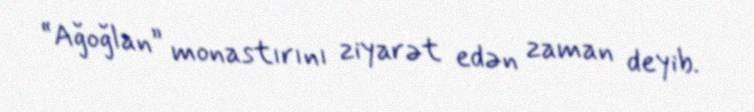
“Ağoğlan” monastırını ziyarət edən zaman deyib.